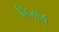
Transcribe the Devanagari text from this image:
निजार्थ